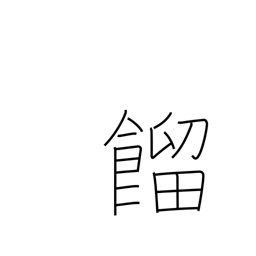
Meaning: steaming rice